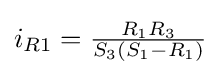
i_{R1}={\tfrac {R_{1}R_{3}}{S_{3}(S_{1}-R_{1})}}